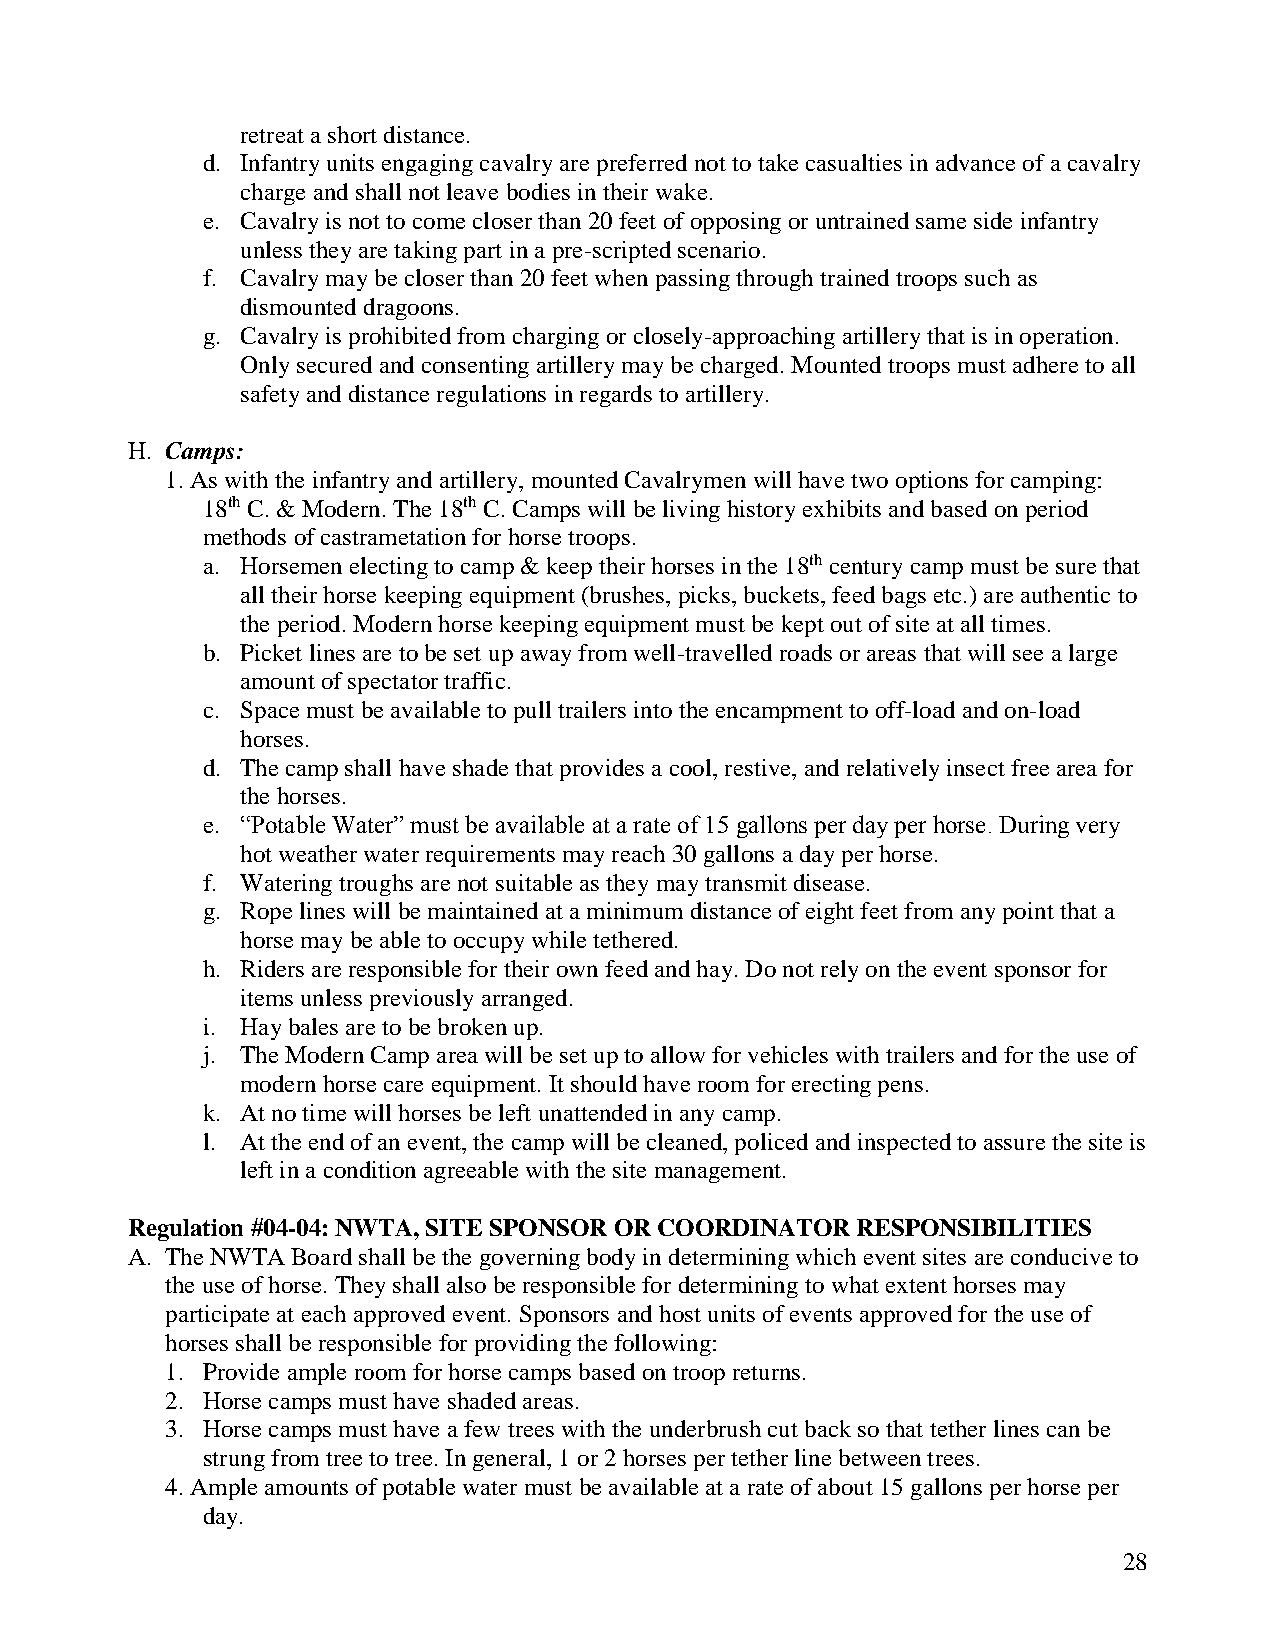
retreat a short distance.
 d. Infantry units engaging cavalry are preferred not to take casualties in advance of a cavalry
 charge and shall not leave bodies in their wake.
 e. Cavalry is not to come closer than 20 feet of opposing or untrained same side infantry
 unless they are taking part in a pre-scripted scenario.
 f. Cavalry may be closer than 20 feet when passing through trained troops such as
 dismounted dragoons.
 g. Cavalry is prohibited from charging or closely-approaching artillery that is in operation.
 Only secured and consenting artillery may be charged. Mounted troops must adhere to all
 safety and distance regulations in regards to artillery.
 H. Camps:
 1. As with the infantry and artillery, mounted Cavalrymen will have two options for camping:
 18th C. & Modern. The 18th C. Camps will be living history exhibits and based on period
 methods of castrametation for horse troops.
 a. Horsemen electing to camp & keep their horses in the 18th century camp must be sure that
 all their horse keeping equipment (brushes, picks, buckets, feed bags etc.) are authentic to
 the period. Modern horse keeping equipment must be kept out of site at all times.
 b. Picket lines are to be set up away from well-travelled roads or areas that will see a large
 amount of spectator traffic.
 c. Space must be available to pull trailers into the encampment to off-load and on-load
 horses.
 d. The camp shall have shade that provides a cool, restive, and relatively insect free area for
 the horses.
 e. “Potable Water” must be available at a rate of 15 gallons per day per horse. During very
 hot weather water requirements may reach 30 gallons a day per horse.
 f. Watering troughs are not suitable as they may transmit disease.
 g. Rope lines will be maintained at a minimum distance of eight feet from any point that a
 horse may be able to occupy while tethered.
 h. Riders are responsible for their own feed and hay. Do not rely on the event sponsor for
 items unless previously arranged.
 i. Hay bales are to be broken up.
 j. The Modern Camp area will be set up to allow for vehicles with trailers and for the use of
 modern horse care equipment. It should have room for erecting pens.
 k. At no time will horses be left unattended in any camp.
 l. At the end of an event, the camp will be cleaned, policed and inspected to assure the site is
 left in a condition agreeable with the site management.
 Regulation #04-04: NWTA, SITE SPONSOR OR COORDINATOR RESPONSIBILITIES
 A. The NWTA Board shall be the governing body in determining which event sites are conducive to
 the use of horse. They shall also be responsible for determining to what extent horses may
 participate at each approved event. Sponsors and host units of events approved for the use of
 horses shall be responsible for providing the following:
 1. Provide ample room for horse camps based on troop returns.
 2. Horse camps must have shaded areas.
 3. Horse camps must have a few trees with the underbrush cut back so that tether lines can be
 strung from tree to tree. In general, 1 or 2 horses per tether line between trees.
 4. Ample amounts of potable water must be available at a rate of about 15 gallons per horse per
 day.
 28